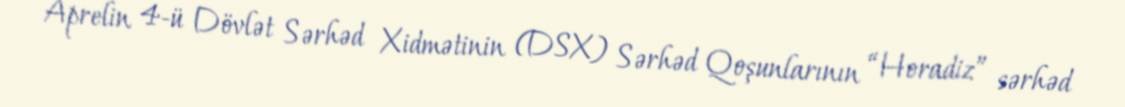
Aprelin 4-ü Dövlət Sərhəd Xidmətinin (DSX) Sərhəd Qoşunlarının “Horadiz” sərhəd